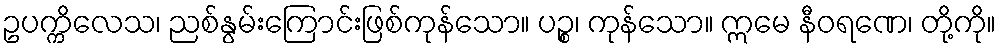
ဥပက္ကိလေသ၊ ညစ်နွမ်းကြောင်းဖြစ်ကုန်သော။ ပဉ္စ၊ ကုန်သော။ ဣမေ နီဝရဏေ၊ တို့ကို။